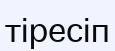
тіресіп